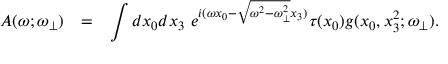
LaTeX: \begin{array} { r c l } { { { \cal A } ( \omega ; \omega _ { \bot } ) } } & { { = } } & { { \displaystyle \int d x _ { 0 } d x _ { 3 } ~ e ^ { i ( \omega x _ { 0 } - \sqrt { \omega ^ { 2 } - \omega _ { \bot } ^ { 2 } } x _ { 3 } ) } \tau ( x _ { 0 } ) g ( x _ { 0 } , x _ { 3 } ^ { 2 } ; \omega _ { \bot } ) . } } \end{array}